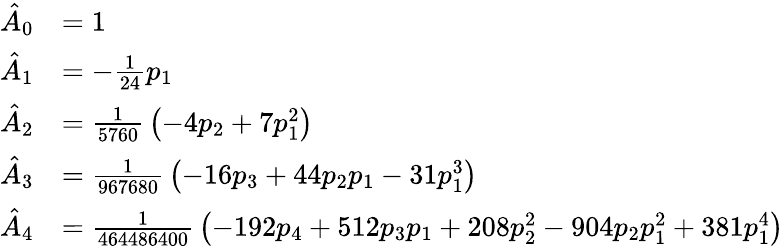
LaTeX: {\begin{array}{rl}{{\hat{A}}_{0}}&{=1}\\ {{\hat{A}}_{1}}&{=-{\frac{1}{24}}p_{1}}\\ {{\hat{A}}_{2}}&{={\frac{1}{5760}}\left(-4p_{2}+7p_{1}^{2}\right)}\\ {{\hat{A}}_{3}}&{={\frac{1}{967680}}\left(-16p_{3}+44p_{2}p_{1}-31p_{1}^{3}\right)}\\ {{\hat{A}}_{4}}&{={\frac{1}{464486400}}\left(-192p_{4}+512p_{3}p_{1}+208p_{2}^{2}-904p_{2}p_{1}^{2}+381p_{1}^{4}\right)}\end{array}}